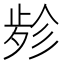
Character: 𱥃